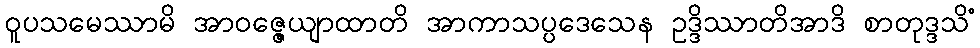
ဝူပသမေဿာမိ အာဝဇ္ဇေယျာထာတိ အာကာသပ္ပဒေသေန ဥဒ္ဒိဿာတိအာဒိ စာတုဒ္ဒသိံ